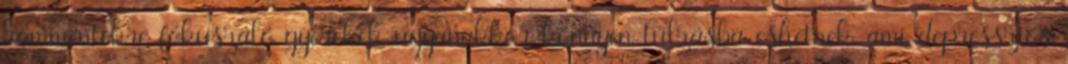
kommentekre fókuszáló gyerekek ugyanakkor könnyen túlzásba eshetnek, ami depressziós